Document type: Sale
Year: 1461
Scribe: [Unknown]
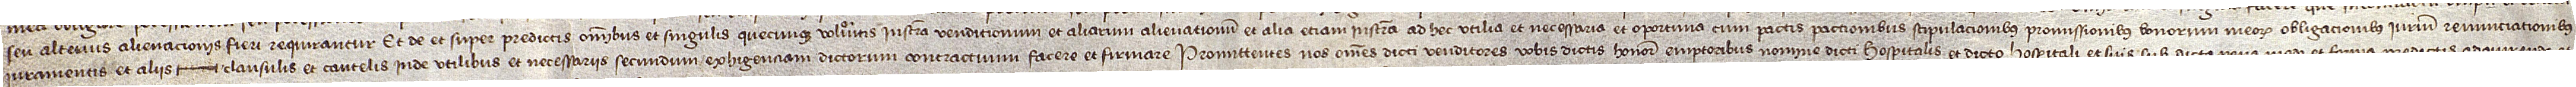
seu alterius alienacionis fieri requirantur, et de et super predictis omnibus et singulis quecunque volueritis instrumenta venditionum et aliarum alienationum et alia etiam instrumenta ad hec utilia et necessaria et oportuna, cum pactis, pactionibus, stipulacionibus, promissionibus, bonorum meorum obligacionibus, iurium renunciationibus,